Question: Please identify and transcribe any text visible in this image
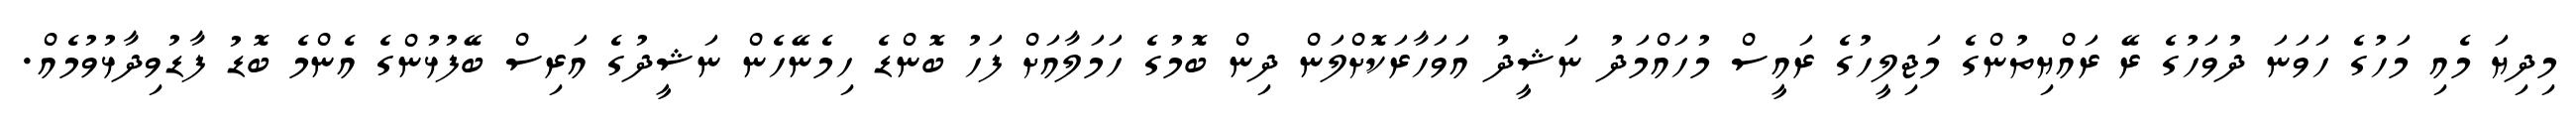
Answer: މިދިޔަ މެއި މަހުގެ ހަވަނަ ދުވަހުގެ ރޭ ރައްޔިތުންގެ މަޖިލީހުގެ ރައީސް މުހައްމަދު ނަޝީދު އަވަހާރަކޮށްލަން ދިން ބޮމުގެ ހަމަލާއަށް ފަހު ބޮންޑެ ހިމެނޭހެން ނަޝީދުގެ އަރިސް ބޭފުޅުންގެ އެންމެ ބޮޑު ފާޑުވިދާޅުވުމެއް.